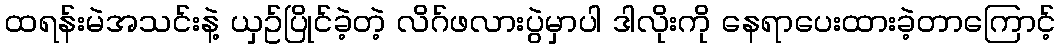
ထရန်းမဲအသင်းနဲ့ ယှဥ်ပြိုင်ခဲ့တဲ့ လိဂ်ဖလားပွဲမှာပါ ဒါလိုးကို နေရာပေးထားခဲ့တာကြောင့်